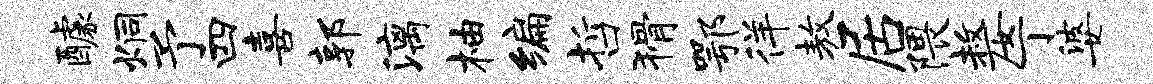
醵炯予四喜郭漓柚编哲猾鄂徉敖居隈嫠丁婆